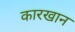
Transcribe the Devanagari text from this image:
कारखान